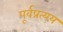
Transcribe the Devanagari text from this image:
पूर्वप्रत्यय